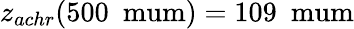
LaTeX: z_{achr}(500~\mathrm{\ mum})=109~\mathrm{\ mum}